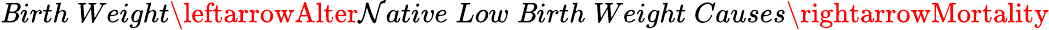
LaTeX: \mathit{B}irth\; Weight\leftarrowAlter\mathcal{N}ative\; Low\; \mathit{B}irth\; Weight\; Causes\rightarrowMortality